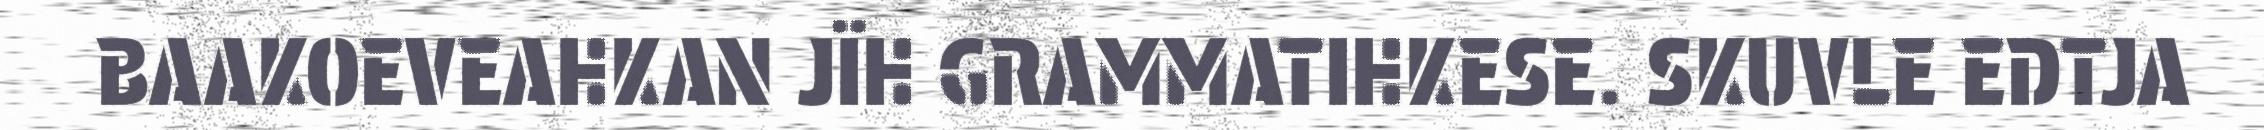
BAAKOEVEAHKAN JÏH GRAMMATIHKESE. SKUVLE EDTJA